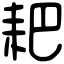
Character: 耙